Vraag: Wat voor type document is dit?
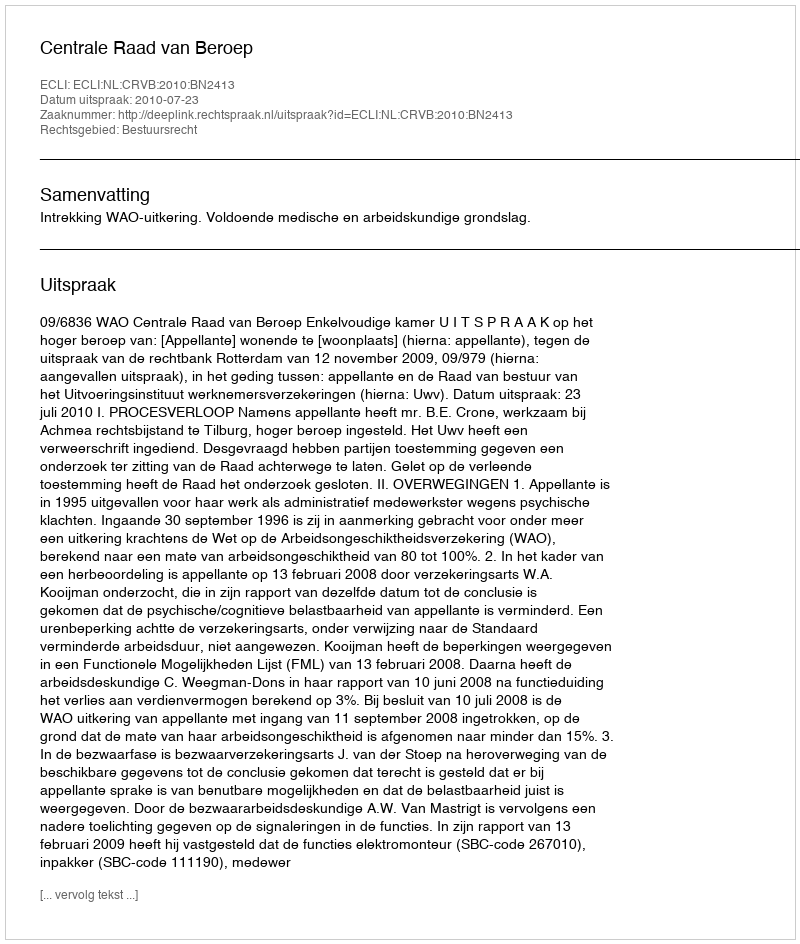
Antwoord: Uitspraak